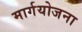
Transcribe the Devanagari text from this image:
मार्गयोजना